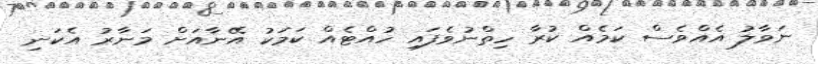
ނަވާލު އެއްވެސް ކަމެއް ކުރާ ހިތްނުވެފައި ހުއްޓެއް ކަމަކު އޭނާއަށް މަނާރު އެކަނި